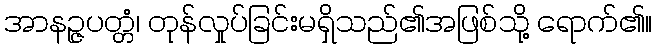
အာနဉ္ဇပတ္တံ၊ တုန်လှုပ်ခြင်းမရှိသည်၏အဖြစ်သို့ ရောက်၏။